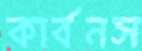
কার্বনস